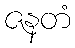
ဇနတံ